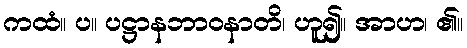
ကထံ။ ပ။ ပဋ္ဌာနဘာဝနာတိ၊ ဟူ၍။ အာဟ၊ ၏။